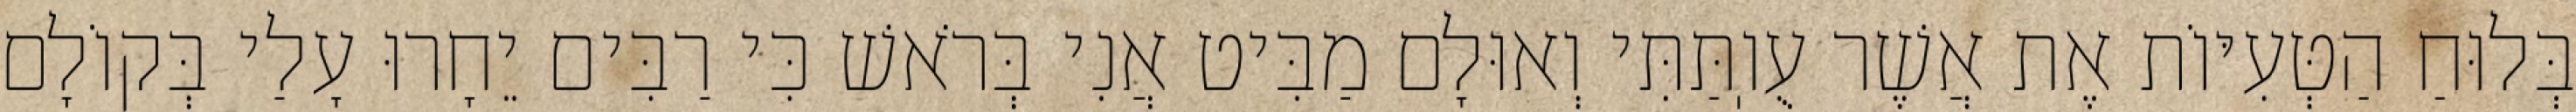
בְּלוּחַ הַטְּעִיּוֹת אֶת אֲשֶׁר עֻוֽתַּתִּי וְאוּלָם מַבִּיט אֲנִי בְּרֹאשׁ כִּי רַבִּים יֵחָרוּ עָלַי בְּקוֹלָם